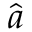
\widehat { \boldsymbol { a } }